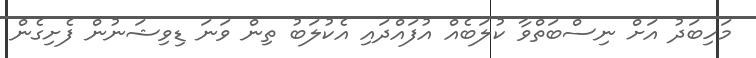
މަހިބަދު އަށް ނިސްބަތްވާ ކުލަބެއް އުފައްދައި އެކުލަބު ތިން ވަނަ ޑިވިޝަނުން ފެށިގެން